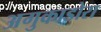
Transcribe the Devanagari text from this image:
अगुकाडोरा